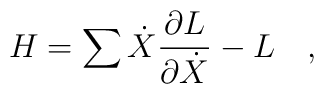
H = \sum \dot{X} \frac{\partial L}{\partial \dot{X}} - L \quad,